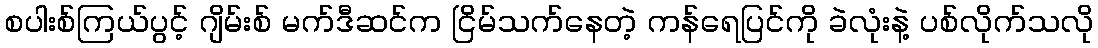
စပါးစ်ကြယ်ပွင့် ဂျိမ်းစ် မက်ဒီဆင်က ငြိမ်သက်နေတဲ့ ကန်ရေပြင်ကို ခဲလုံးနဲ့ ပစ်လိုက်သလို